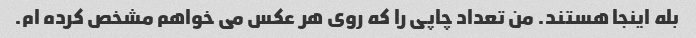
بله اینجا هستند. من تعداد چاپی را که روی هر عکس می خواهم مشخص کرده ام.